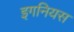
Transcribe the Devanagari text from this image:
इगनियस